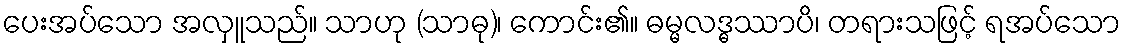
ပေးအပ်သော အလှူသည်။ သာဟု (သာဓု)၊ ကောင်း၏။ ဓမ္မလဒ္ဓဿာပိ၊ တရားသဖြင့် ရအပ်သော